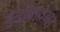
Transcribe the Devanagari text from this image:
बुन्डेसवेअर